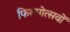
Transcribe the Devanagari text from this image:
फिल्मोत्सवों